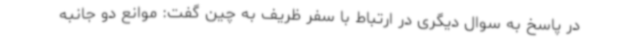
در پاسخ به سوال دیگری در ارتباط با سفر ظریف به چین گفت: موانع دو جانبه